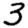
Digit: 3